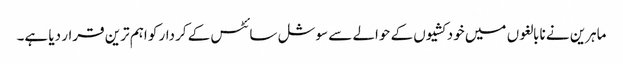
ماہرین نے نابالغوں میں خودکشیوں کے حوالے سے سوشل سائٹس کے کردار کو اہم ترین قرار دیا ہے۔